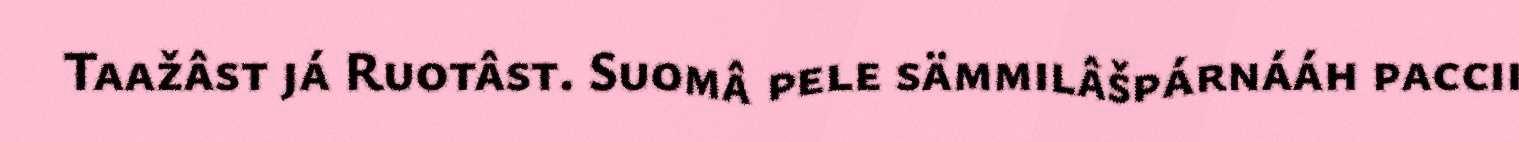
Taažâst já Ruotâst. Suomâ pele sämmilâšpárnááh paccii